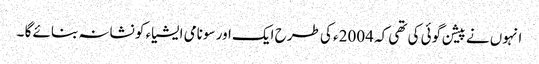
انہوں نے پیشن گوئی کی تھی کہ 2004ء کی طرح ایک اور سونامی ایشیاء کو نشانہ بنائے گا ۔